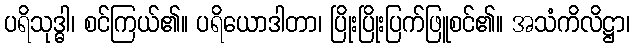
ပရိသုဒ္ဓါ၊ စင်ကြယ်၏။ ပရိယောဒါတာ၊ ပြိုးပြိုးပြက်ဖြူစင်၏။ အသံကိလိဋ္ဌာ၊